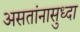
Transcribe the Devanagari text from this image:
असतांनासुध्दा